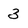
Character: 3